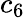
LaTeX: c_{6}